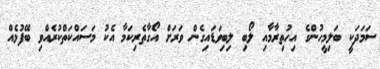
ސަމަދަކީ ބަލިމީހުންގެ އިހުތިރާމާއި ލޯބި ލިބިވަޑައިގެން ވަރަށް އޯގާތެރިކަމާ އެކު މަސައްކަތްކުރެއްވި ބޭފުޅެއް